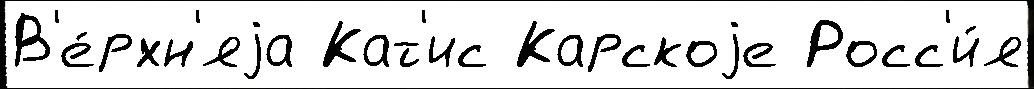
В'е́рхн'яjа Кат'ис Карскоjе Росс'и́я